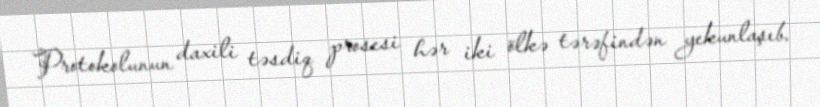
Protokolunun daxili təsdiq prosesi hər iki ölkə tərəfindən yekunlaşıb.